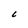
Character: C